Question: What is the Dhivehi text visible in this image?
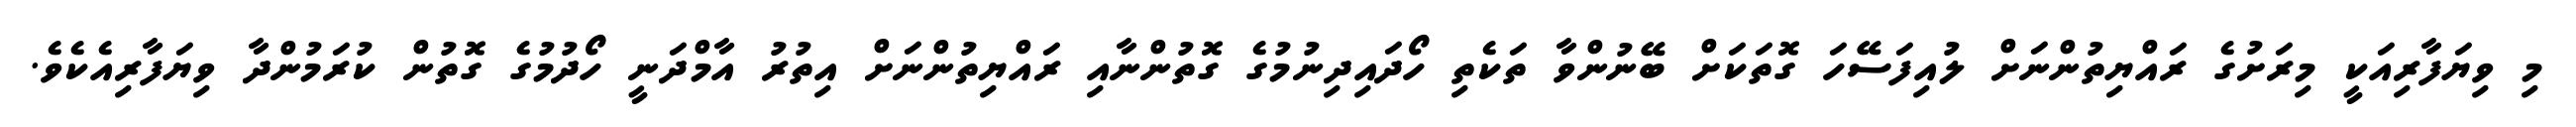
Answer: މި ވިޔަފާރިއަކީ މިރަށުގެ ރައްޔިތުންނަށް ލުއިފަސޭހަ ގޮތަކަށް ބޭނުންވާ ތަކެތި ހޯދައިދިނުމުގެ ގޮތުންނާއި ރައްޔިތުންނަށް އިތުރު އާމްދަނީ ހޯދުމުގެ ގޮތުން ކުރަމުންދާ ވިޔަފާރިއެކެވެ.